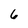
Character: 6